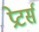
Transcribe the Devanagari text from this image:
प्रेटर्स